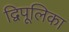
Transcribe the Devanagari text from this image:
द्विपूलिका